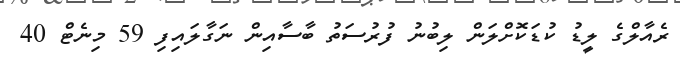
ރެއާލްގެ ލީޑު ކުޑަކޮށްލަން ލިބުނު ފުރުސަތު ބާސާއިން ނަގާލައިފި 59 މިނެޓް 40